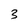
Character: 3